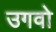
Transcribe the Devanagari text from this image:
उगवो